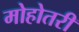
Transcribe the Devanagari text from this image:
मोहोतरी